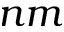
n m